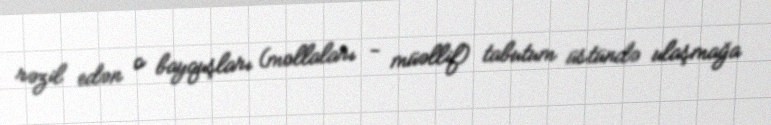
rəzil edən o bayquşları (mollaları - müəllif) tabutum üstündə ulaşmağa